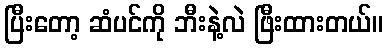
ပြီးတော့ ဆံပင်ကို ဘီးနဲ့လဲ ဖြီးထားတယ်။